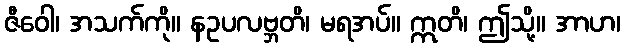
ဇီဝေါ၊ အသက်ကို။ နဥပလဗ္ဘတိ၊ မရအပ်။ ဣတိ၊ ဤသို့။ အာဟ၊